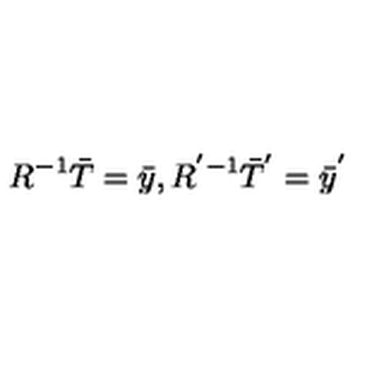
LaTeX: R ^ { - 1 } \bar { T } = \bar { y } , R ^ { ' - 1 } \bar { T } ^ { ' } = \bar { y } ^ { ' }